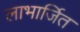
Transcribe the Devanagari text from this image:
लाभार्जित